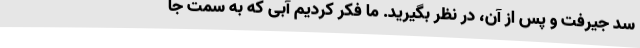
سد جیرفت و پس از آن، در نظر بگیرید. ما فکر کردیم آبی که به سمت جا